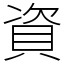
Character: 資